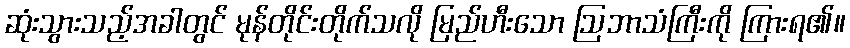
ဆုံးသွားသည့်အခါတွင် မုန်တိုင်းတိုက်သလို မြည်ဟီးသော ဩဘာသံကြီးကို ကြားရ၏။